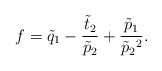
LaTeX: \begin{gather*}f=\tilde{q}_1-\frac{\tilde{t}_2}{\tilde{p}_2}+\frac{\tilde{p}_1}{\tilde{p}_2{}^2}.\end{gather*}